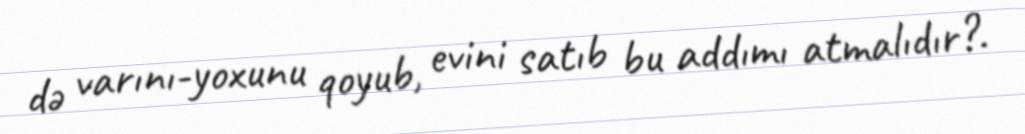
də varını-yoxunu qoyub, evini satıb bu addımı atmalıdır?.